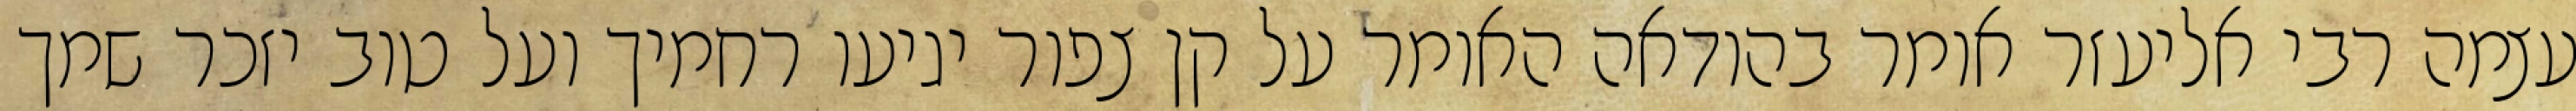
עצמה רבי אליעזר אומר בהודאה האומר על קן צפור יגיעו רחמיך ועל טוב יזכר שמך